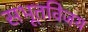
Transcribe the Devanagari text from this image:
सभूतविजय